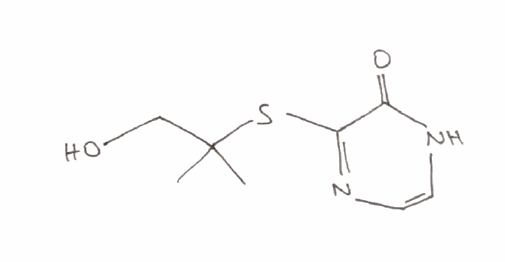
Simplified molecular-input line-entry system (SMILES) notation of the given molecule:
CC(C)(CO)SC1=NC=CNC1=O